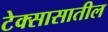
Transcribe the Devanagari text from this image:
टेक्सासातील